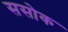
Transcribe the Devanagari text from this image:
ससोक